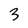
Character: 3